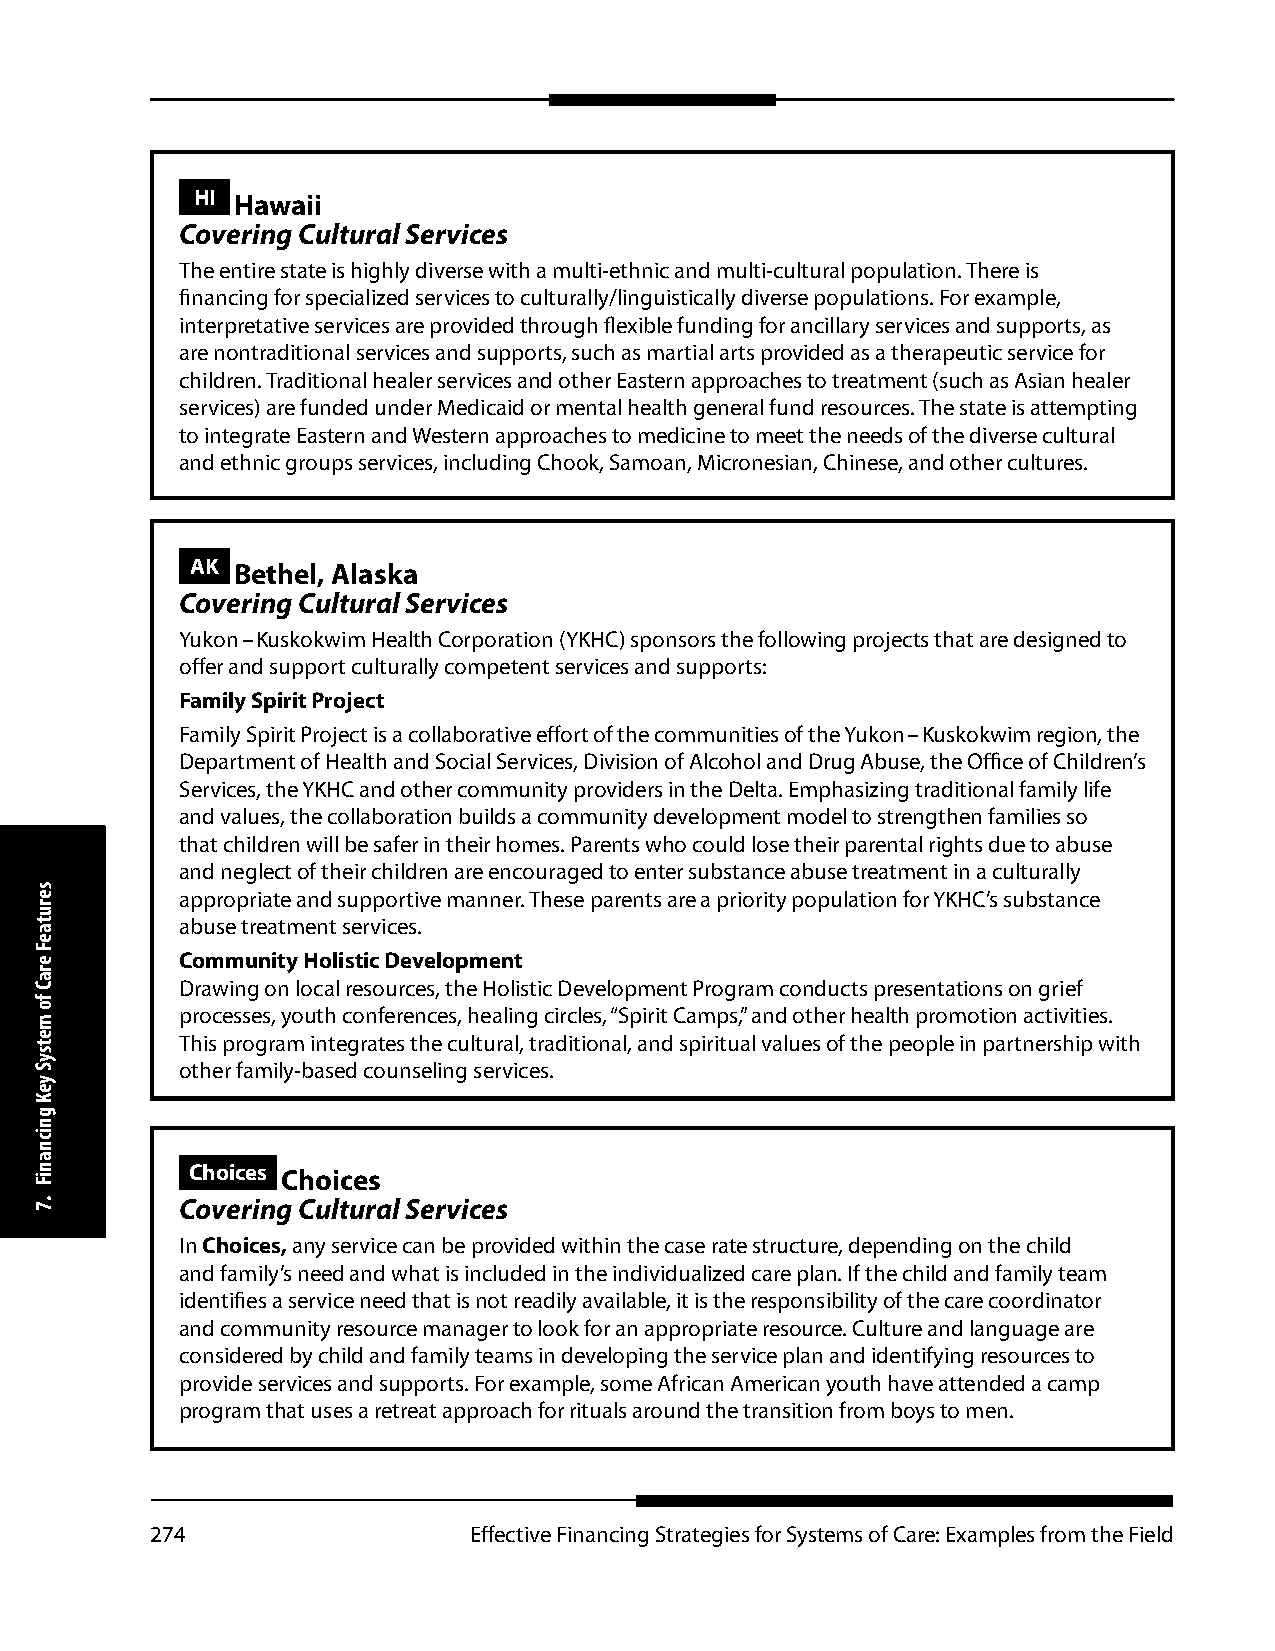
HI Hawaii
 Covering Cultural Services
 The entire state is highly diverse with a multi-ethnic and multi-cultural population. There is
 financing for specialized services to culturally/linguistically diverse populations. For example,
 interpretative services are provided through flexible funding for ancillary services and supports, as
 are nontraditional services and supports, such as martial arts provided as a therapeutic service for
 children. Traditional healer services and other Eastern approaches to treatment (such as Asian healer
 services) are funded under Medicaid or mental health general fund resources. The state is attempting
 to integrate Eastern and Western approaches to medicine to meet the needs of the diverse cultural
 and ethnic groups services, including Chook, Samoan, Micronesian, Chinese, and other cultures.
 AK Bethel, Alaska
 Covering Cultural Services
 Yukon – Kuskokwim Health Corporation (YKHC) sponsors the following projects that are designed to
 offer and support culturally competent services and supports:
 Family Spirit Project
 Family Spirit Project is a collaborative effort of the communities of the Yukon – Kuskokwim region, the
 Department of Health and Social Services, Division of Alcohol and Drug Abuse, the Office of Children’s
 Services, the YKHC and other community providers in the Delta. Emphasizing traditional family life
 and values, the collaboration builds a community development model to strengthen families so
 that children will be safer in their homes. Parents who could lose their parental rights due to abuse
 and neglect of their children are encouraged to enter substance abuse treatment in a culturally
 appropriate and supportive manner. These parents are a priority population for YKHC’s substance
 abuse treatment services.
 Community Holistic Development
 Drawing on local resources, the Holistic Development Program conducts presentations on grief
 processes, youth conferences, healing circles, “Spirit Camps,” and other health promotion activities.
 This program integrates the cultural, traditional, and spiritual values of the people in partnership with
 other family-based counseling services.
 Choices Choices
 Covering Cultural Services
 In Choices, any service can be provided within the case rate structure, depending on the child
 and family’s need and what is included in the individualized care plan. If the child and family team
 identifies a service need that is not readily available, it is the responsibility of the care coordinator
 and community resource manager to look for an appropriate resource. Culture and language are
 considered by child and family teams in developing the service plan and identifying resources to
 provide services and supports. For example, some African American youth have attended a camp
 program that uses a retreat approach for rituals around the transition from boys to men.
 274                  Effective Financing Strategies for Systems of Care: Examples from the Field
 serutaeF
 eraC
 fo
 metsyS
 yeK
 gnicnaniF
 .7